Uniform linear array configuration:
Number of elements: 16
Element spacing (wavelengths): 0.5
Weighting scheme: hamming
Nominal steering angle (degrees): -15
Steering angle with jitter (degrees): -14.651
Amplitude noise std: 0.05
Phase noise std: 0.05

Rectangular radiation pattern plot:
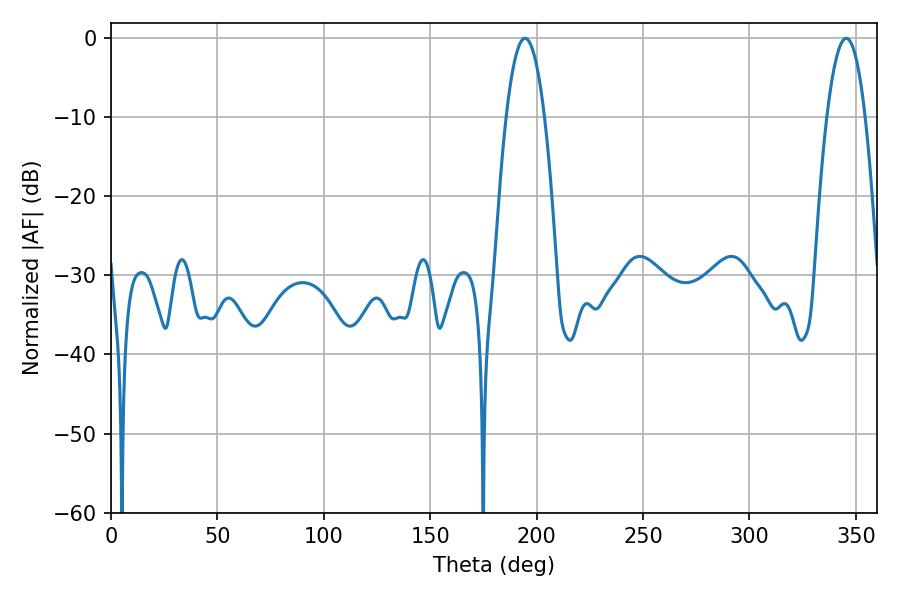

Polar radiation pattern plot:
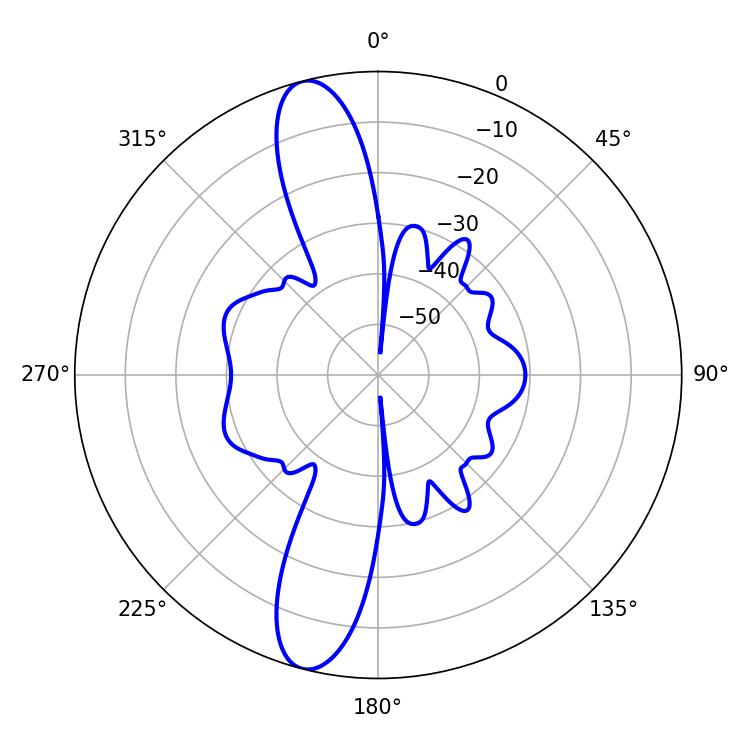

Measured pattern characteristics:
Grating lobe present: FALSE
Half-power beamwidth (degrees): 10.08
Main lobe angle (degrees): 194.58